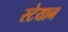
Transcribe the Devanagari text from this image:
स्टेयान